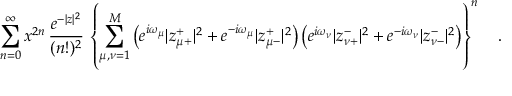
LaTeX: \sum _ { n = 0 } ^ { \infty } x ^ { 2 n } \, \frac { e ^ { - | z | ^ { 2 } } } { ( n ! ) ^ { 2 } } \, \left\{ \sum _ { \mu , \nu = 1 } ^ { M } \left( e ^ { i \omega _ { \mu } } | z _ { \mu + } ^ { + } | ^ { 2 } + e ^ { - i \omega _ { \mu } } | z _ { \mu - } ^ { + } | ^ { 2 } \right) \left( e ^ { i \omega _ { \nu } } | z _ { \nu + } ^ { - } | ^ { 2 } + e ^ { - i \omega _ { \nu } } | z _ { \nu - } ^ { - } | ^ { 2 } \right) \right\} ^ { n } \ \ \ .